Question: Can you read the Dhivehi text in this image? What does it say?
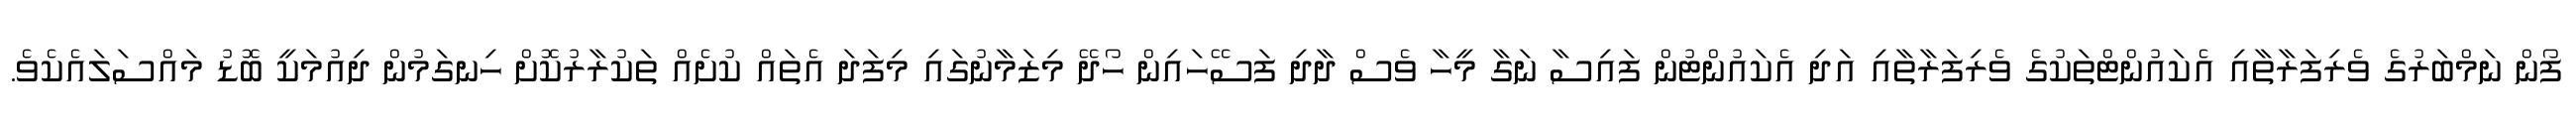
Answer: ފޯން ނަމްބަރުގެ ވެރިފަރާތާއި އެކައުންޓްތަކުގެ ވެރިފަރާތާއި އަދި އެކައުންޓުން ފައިސާ ނަގާ މީހާ ވެސް ދާދި ފަސޭހައިން ހޯދޭ މިޒަމާނުގައި މިފަދަ އެތައް ކުށެއް ތަކުރާރުކޮށް ހިނގަމުން ދިއުމަކީ ބޮޑު މައްސަލައެކެވެ.